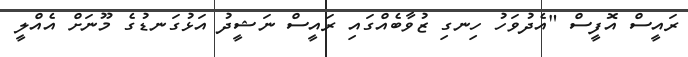
ރައީސް އޮފީސް "އެދުވަހު ހިނގި ޒުވާބެއްގައި ރައީސް ނަޝީދު އަޅުގަނޑުގެ މޫނަށް އެއްލީ